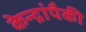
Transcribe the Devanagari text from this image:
केन्द्रांपैकी